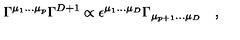
\Gamma ^ { \mu _ { 1 } \dots \mu _ { p } } \Gamma ^ { D + 1 } \propto \epsilon ^ { \mu _ { 1 } \dots \mu _ { D } } \Gamma _ { \mu _ { p + 1 } \dots \mu _ { D } } \quad ,